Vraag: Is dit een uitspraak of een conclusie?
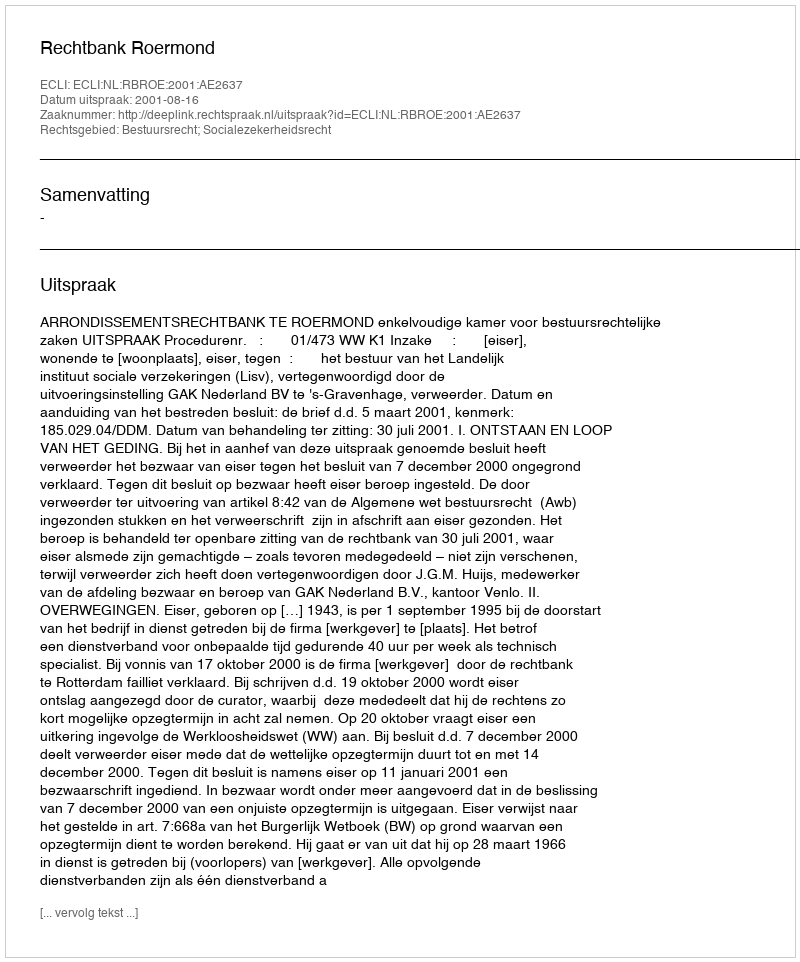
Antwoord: Uitspraak